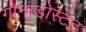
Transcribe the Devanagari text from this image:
गोनाडोस्टेट